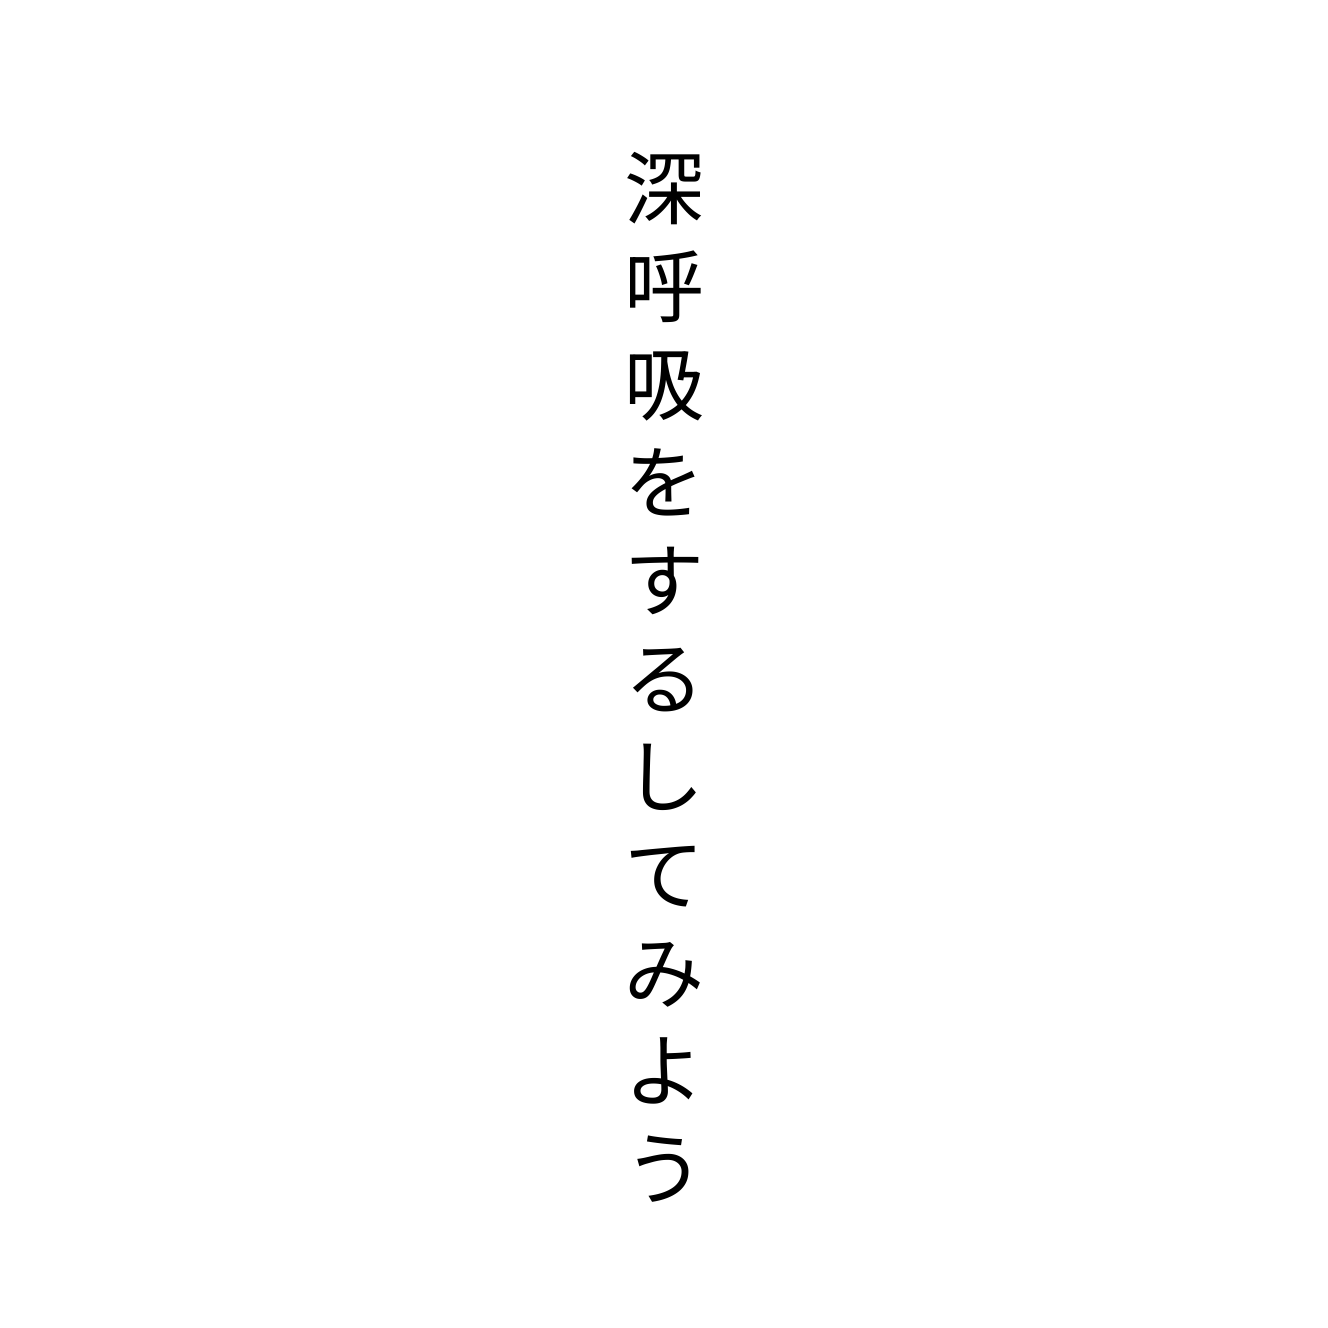
深呼吸をするしてみよう